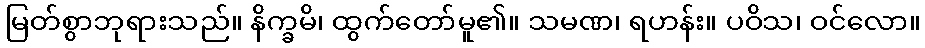
မြတ်စွာဘုရားသည်။ နိက္ခမိ၊ ထွက်တော်မူ၏။ သမဏ၊ ရဟန်း။ ပဝိသ၊ ဝင်လော။